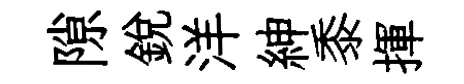
隙銳洋紳黍揮